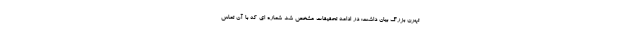
تهرن بزرگ بیان داشت: در ادامه تحقیقات مشخص شد شماره ای که با آن تماس